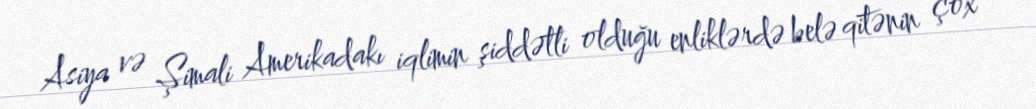
Asiya və Şimali Amerikadakı iqlimin şiddətli olduğu enliklərdə belə qitənin çox